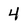
Character: 4